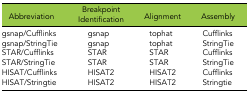
| Abbreviation | Breakpoint Identification | Alignment | Assembly |
 | --- | --- | --- | --- |
 | gsnap/Cufflinks | gsnap | tophat | Cufflinks |
 | gsnap/StringTie | gsnap | tophat | StringTie |
 | STAR/Cufflinks | STAR | STAR | Cufflinks |
 | STAR/StringTie | STAR | STAR | StringTie |
 | HISAT/Cufflinks | HISAT2 | HISAT2 | Cufflinks |
 | HISAT/Stringtie | HISAT2 | HISAT2 | Stringtie |